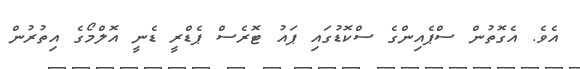
އެވެ. އެގޮތުން ސްޕެއިންގެ ސްކޮޑުގައި ޕައު ޓޮރެސް ޕެޑްރީ ޑެނީ އޮލްމޯގެ އިތުރުން